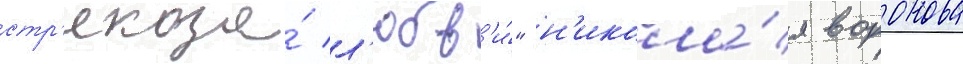
стр'екоза́ л'юбв'и́" н'икола́я воронова